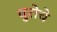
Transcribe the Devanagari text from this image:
बुरोचे